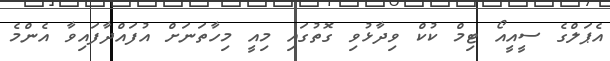
އެޕަލްގެ ސީއީއޯ ޓިމް ކުކް ވިދާޅުވި ގޮތުގައި މިއީ މިހާތަނަށް އުފައްދާފައިވާ އެންމެ